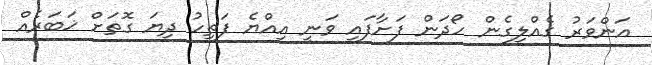
އަންވަރު ގެއްލިގެން ހޯދަން ފަށާފައި ވަނީ އިއްޔެ ފަތިހު ދިޔަ ގޮތަށް ޚަބަރެއް